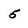
Character: 5